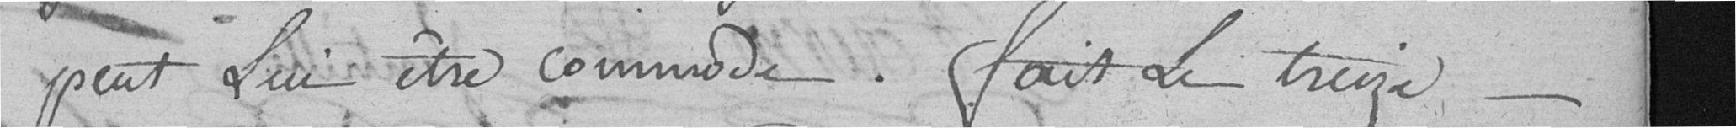
peut lui être commode. Fait le treize